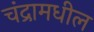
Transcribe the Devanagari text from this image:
चंद्रामधील